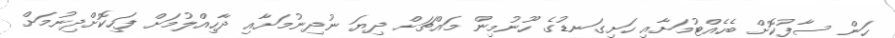
ހަން ސާފުކޮށް ބެހެއްޓުމަށާއި ހަށިގަނޑުގެ ހޫނުމިން މައްޗަށް ދިޔަ ނުދިނުމަށާއި ދާހިއްލުމަށް ފަހިކޮށްދިނުމަށް